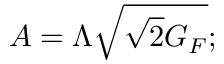
A = \Lambda \sqrt { \sqrt { 2 } G _ { F } } ;